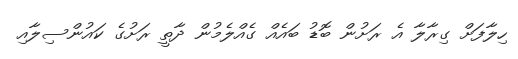
ހިލާފަށް ގިރާލާ އެ ރަށުން ބޮޑު ބައެއް ގެއްލެމުން ދާތީ ރަށުގެ ކައުންސިލާއި